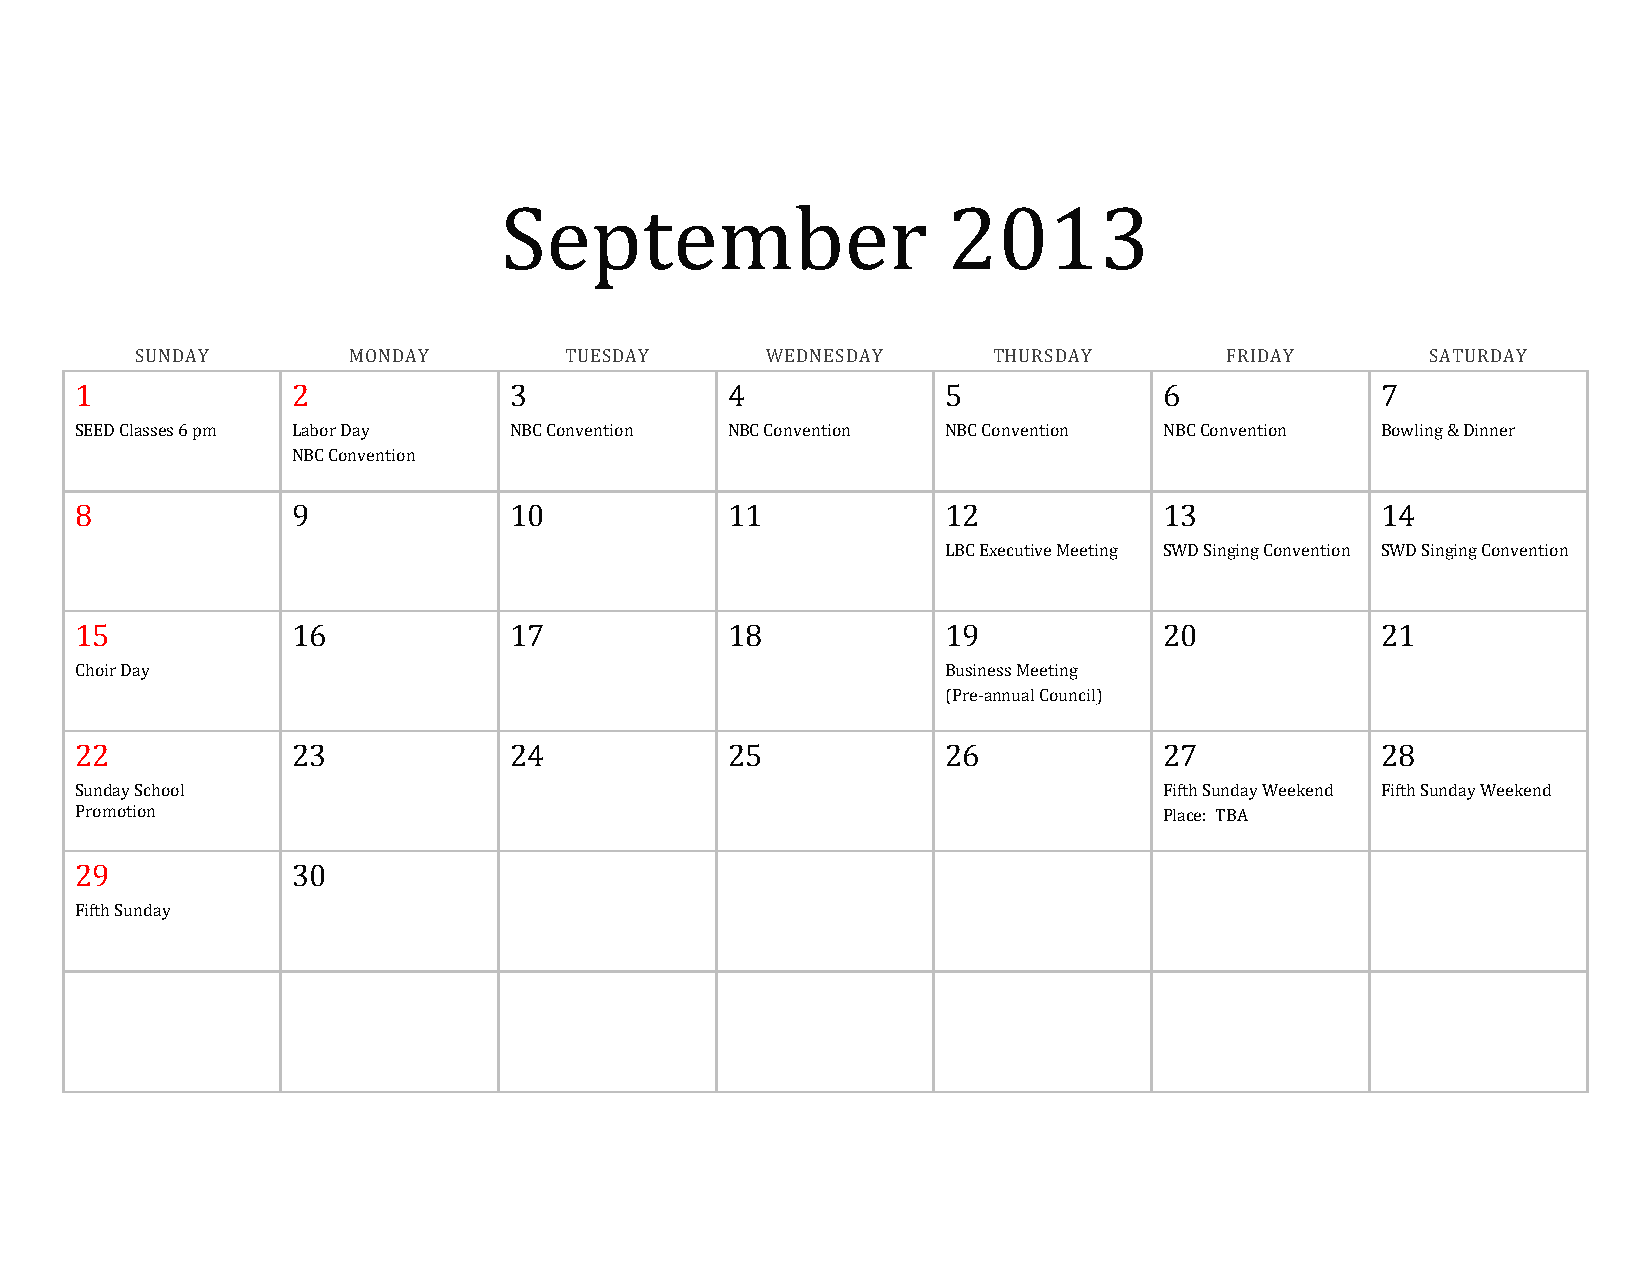
September                     2013
 SUNDAY        MONDAY        TUESDAY       WEDNESDAY      THURSDAY       FRIDAY        SATURDAY
 1             2              3             4              5             6             7
 SEED Classes 6 pm Labor Day  NBC Convention NBC Convention NBC Convention NBC Convention Bowling & Dinner
 NBC Convention
 8             9              10            11             12            13            14
 LBC Executive Meeting SWD Singing Convention SWD Singing Convention
 15            16             17            18             19            20            21
 Choir Day                                                 Business Meeting
 (Pre-annual Council)
 22            23             24            25             26            27            28
 Sunday School                                                           Fifth Sunday Weekend Fifth Sunday Weekend
 Promotion                                                               Place: TBA
 29            30
 Fifth Sunday